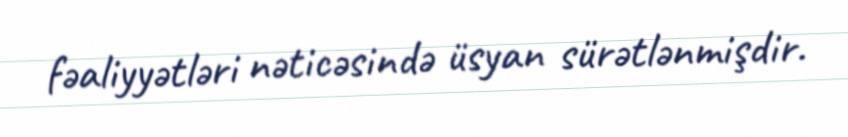
fəaliyyətləri nəticəsində üsyan sürətlənmişdir.